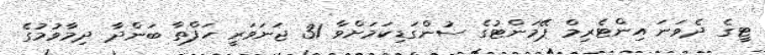
ޓީގެ ދެވަނަ އިންޓެރިމް ޕޭމަންޓުގެ ސުންގަޑިކަމަށްވާ 31 ޖަނަވަރީ ހަފްތާ ބަންދާ ދިމާވުމުގެ